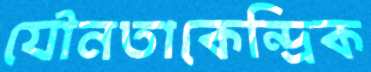
যৌনতাকেন্দ্রিক